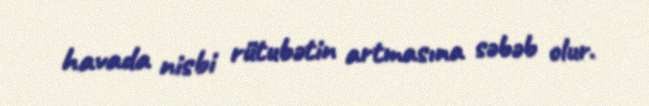
havada nisbi rütubətin artmasına səbəb olur.